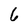
Character: 6